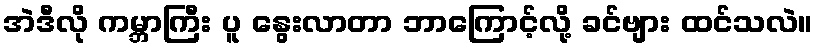
အဲဒီလို ကမ္ဘာကြီး ပူ နွေးလာတာ ဘာကြောင့်လို့ ခင်ဗျား ထင်သလဲ။